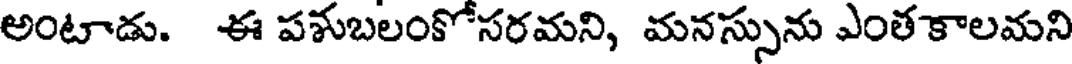
అంటాడు. ఈ పశుబలంకోసరమని, మనస్సును ఎంత కాలమని